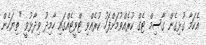
އެކަމާ ގުޅިގެން ގާސިމް ޓެގް ކުރެއްވުމަށްފަހު ކުރެއްވި ޓްވީޓެއްގައި ހާމިދު ވިދާޅުވީ "ތިޔަހެން